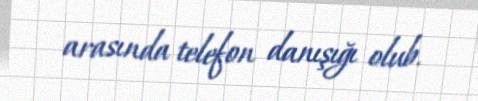
arasında telefon danışığı olub.